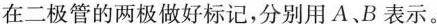
在二极管的两极做好标记，分别用A.B表示。